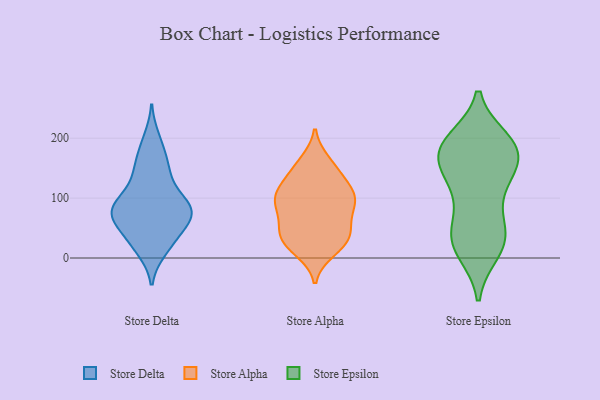
{"axis": {"x": "Conversion Rate (%)", "y": "Value"}, "legend": ["Store Alpha", "Store Delta", "Store Epsilon"], "data": [{"x": "", "y": 146, "type": "Store Delta"}, {"x": "", "y": 66, "type": "Store Delta"}, {"x": "", "y": 78, "type": "Store Delta"}, {"x": "", "y": 103, "type": "Store Delta"}, {"x": "", "y": 181, "type": "Store Delta"}, {"x": "", "y": 13, "type": "Store Delta"}, {"x": "", "y": 22, "type": "Store Delta"}, {"x": "", "y": 88, "type": "Store Delta"}, {"x": "", "y": 41, "type": "Store Delta"}, {"x": "", "y": 71, "type": "Store Delta"}, {"x": "", "y": 150, "type": "Store Delta"}, {"x": "", "y": 54, "type": "Store Delta"}, {"x": "", "y": 87, "type": "Store Delta"}, {"x": "", "y": 71, "type": "Store Delta"}, {"x": "", "y": 199, "type": "Store Delta"}, {"x": "", "y": 107, "type": "Store Delta"}, {"x": "", "y": 76, "type": "Store Delta"}, {"x": "", "y": 22, "type": "Store Delta"}, {"x": "", "y": 80, "type": "Store Delta"}, {"x": "", "y": 146, "type": "Store Delta"}, {"x": "", "y": 23, "type": "Store Alpha"}, {"x": "", "y": 19, "type": "Store Alpha"}, {"x": "", "y": 127, "type": "Store Alpha"}, {"x": "", "y": 154, "type": "Store Alpha"}, {"x": "", "y": 145, "type": "Store Alpha"}, {"x": "", "y": 110, "type": "Store Alpha"}, {"x": "", "y": 39, "type": "Store Alpha"}, {"x": "", "y": 96, "type": "Store Alpha"}, {"x": "", "y": 89, "type": "Store Alpha"}, {"x": "", "y": 82, "type": "Store Alpha"}, {"x": "", "y": 82, "type": "Store Alpha"}, {"x": "", "y": 36, "type": "Store Alpha"}, {"x": "", "y": 110, "type": "Store Alpha"}, {"x": "", "y": 60, "type": "Store Alpha"}, {"x": "", "y": 112, "type": "Store Alpha"}, {"x": "", "y": 44, "type": "Store Alpha"}, {"x": "", "y": 12, "type": "Store Alpha"}, {"x": "", "y": 161, "type": "Store Alpha"}, {"x": "", "y": 40, "type": "Store Alpha"}, {"x": "", "y": 99, "type": "Store Alpha"}, {"x": "", "y": 179, "type": "Store Epsilon"}, {"x": "", "y": 197, "type": "Store Epsilon"}, {"x": "", "y": 49, "type": "Store Epsilon"}, {"x": "", "y": 182, "type": "Store Epsilon"}, {"x": "", "y": 134, "type": "Store Epsilon"}, {"x": "", "y": 106, "type": "Store Epsilon"}, {"x": "", "y": 169, "type": "Store Epsilon"}, {"x": "", "y": 111, "type": "Store Epsilon"}, {"x": "", "y": 195, "type": "Store Epsilon"}, {"x": "", "y": 186, "type": "Store Epsilon"}, {"x": "", "y": 32, "type": "Store Epsilon"}, {"x": "", "y": 46, "type": "Store Epsilon"}, {"x": "", "y": 193, "type": "Store Epsilon"}, {"x": "", "y": 10, "type": "Store Epsilon"}, {"x": "", "y": 46, "type": "Store Epsilon"}, {"x": "", "y": 168, "type": "Store Epsilon"}, {"x": "", "y": 10, "type": "Store Epsilon"}, {"x": "", "y": 148, "type": "Store Epsilon"}, {"x": "", "y": 26, "type": "Store Epsilon"}, {"x": "", "y": 144, "type": "Store Epsilon"}]}